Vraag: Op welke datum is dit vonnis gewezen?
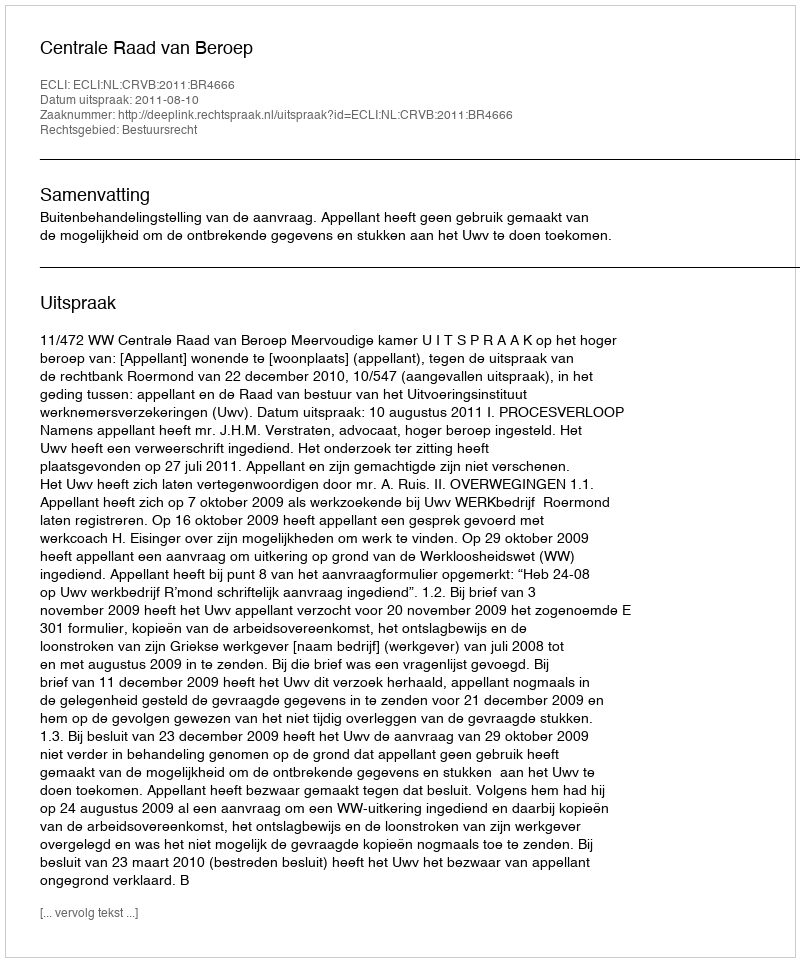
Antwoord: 2011-08-10